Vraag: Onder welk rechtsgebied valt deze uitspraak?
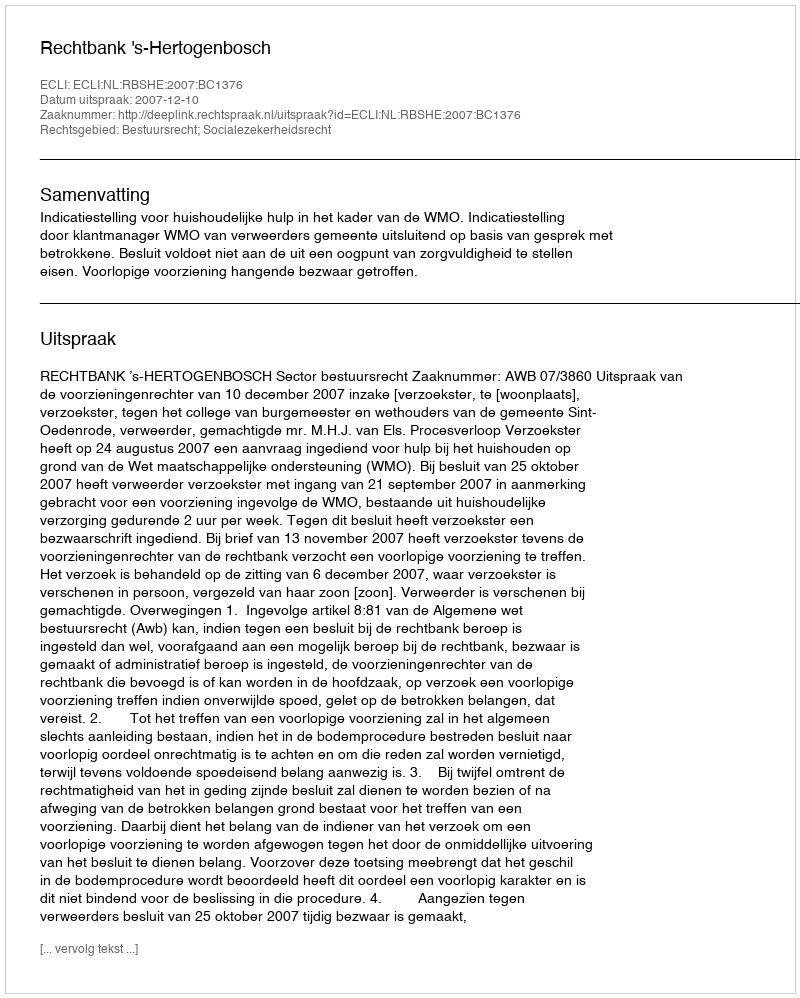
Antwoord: Bestuursrecht; Socialezekerheidsrecht